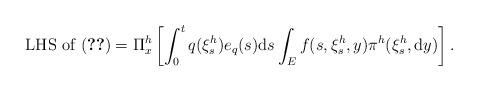
LaTeX: \begin{align*}\mbox{LHS of }\eqref{prop3.1}=\Pi^{h}_{x}\left[\int_{0}^{t}q(\xi^{h}_{s})e_{q}(s){\rm d}s\int_{E}f(s,\xi^{h}_{s},y)\pi^{h}(\xi^{h}_{s},{\rm d}y)\right].\end{align*}